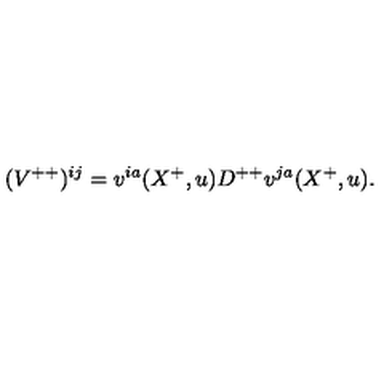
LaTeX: ( { V } ^ { + + } ) ^ { i j } = v ^ { i a } ( X ^ { + } , u ) D ^ { + + } v ^ { j a } ( X ^ { + } , u ) .